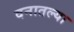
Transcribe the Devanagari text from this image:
वनातल्या